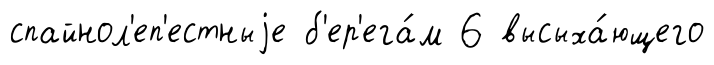
спайнол'еп'естныjе б'ер'ега́м 6 высыха́ющего